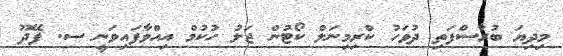
މިދިޔަ ބުރާސްފަތި ދުވަހު ކްރިމިނަލް ކޯޓުން ޖަލު ހުކުމް އިއްވާފައިވަނީ ސ. ފޭދޫ